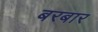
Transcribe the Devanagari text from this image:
बरबार